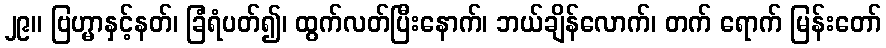
၂၉။ ဗြဟ္မာနှင့်နတ်၊ ခြံရံပတ်၍၊ ထွက်လတ်ပြီးနောက်၊ ဘယ်ချိန်လောက်၊ တက် ရောက် မြန်းတော်